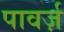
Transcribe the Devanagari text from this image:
पावर्ज़